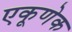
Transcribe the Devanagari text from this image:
एकूणेक